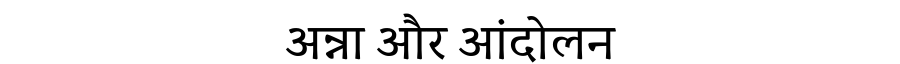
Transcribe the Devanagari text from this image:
अन्ना और आंदोलन